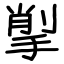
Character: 揱